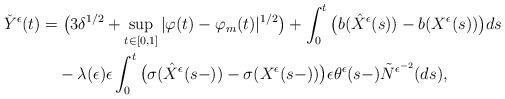
LaTeX: \begin{align*}\check{Y}^{\epsilon}(t)&=\big(3\delta^{1/2}+\sup_{t\in[0,1]}|\varphi(t)-\varphi_m(t)|^{1/2}\big)+\int^{t}_{0}\big(b(\hat{X}^{\epsilon}(s))-b(X^{\epsilon}(s))\big)ds\\&\quad-\lambda(\epsilon)\epsilon\int^{t}_{0}\big(\sigma(\hat{X}^{\epsilon}(s-))-\sigma(X^{\epsilon}(s-))\big)\epsilon\theta^{\epsilon}(s-)\tilde{N}^{\epsilon^{-2}}(ds),\end{align*}